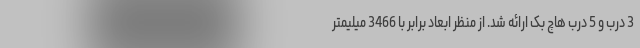
3 درب و 5 درب هاچ بک ارائه شد. از منظر ابعاد برابر با 3466 میلیمتر